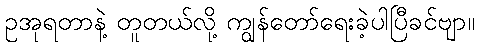
ဥအုရတာနဲ့ တူတယ်လို့ ကျွန်တော်ရေးခဲ့ပါပြီခင်ဗျာ။